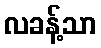
လခန့်သာ